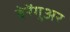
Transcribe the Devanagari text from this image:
बेरेंगुअर